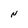
Character: N